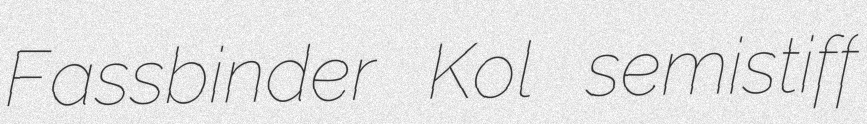
Fassbinder Kol semistiff